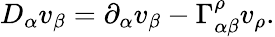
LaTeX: D_{\alpha}v_{\beta}=\partial_{\alpha}v_{\beta}-\Gamma_{\alpha\beta}^{\rho}v_{\rho}.